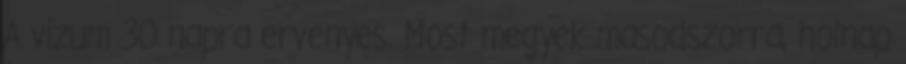
A vizum 30 napra ervenyes. Most megyek masodszorra, holnap